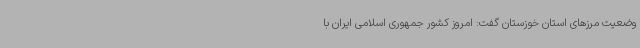
وضعیت مرزهای استان خوزستان گفت: امروز کشور جمهوری اسلامی ایران با